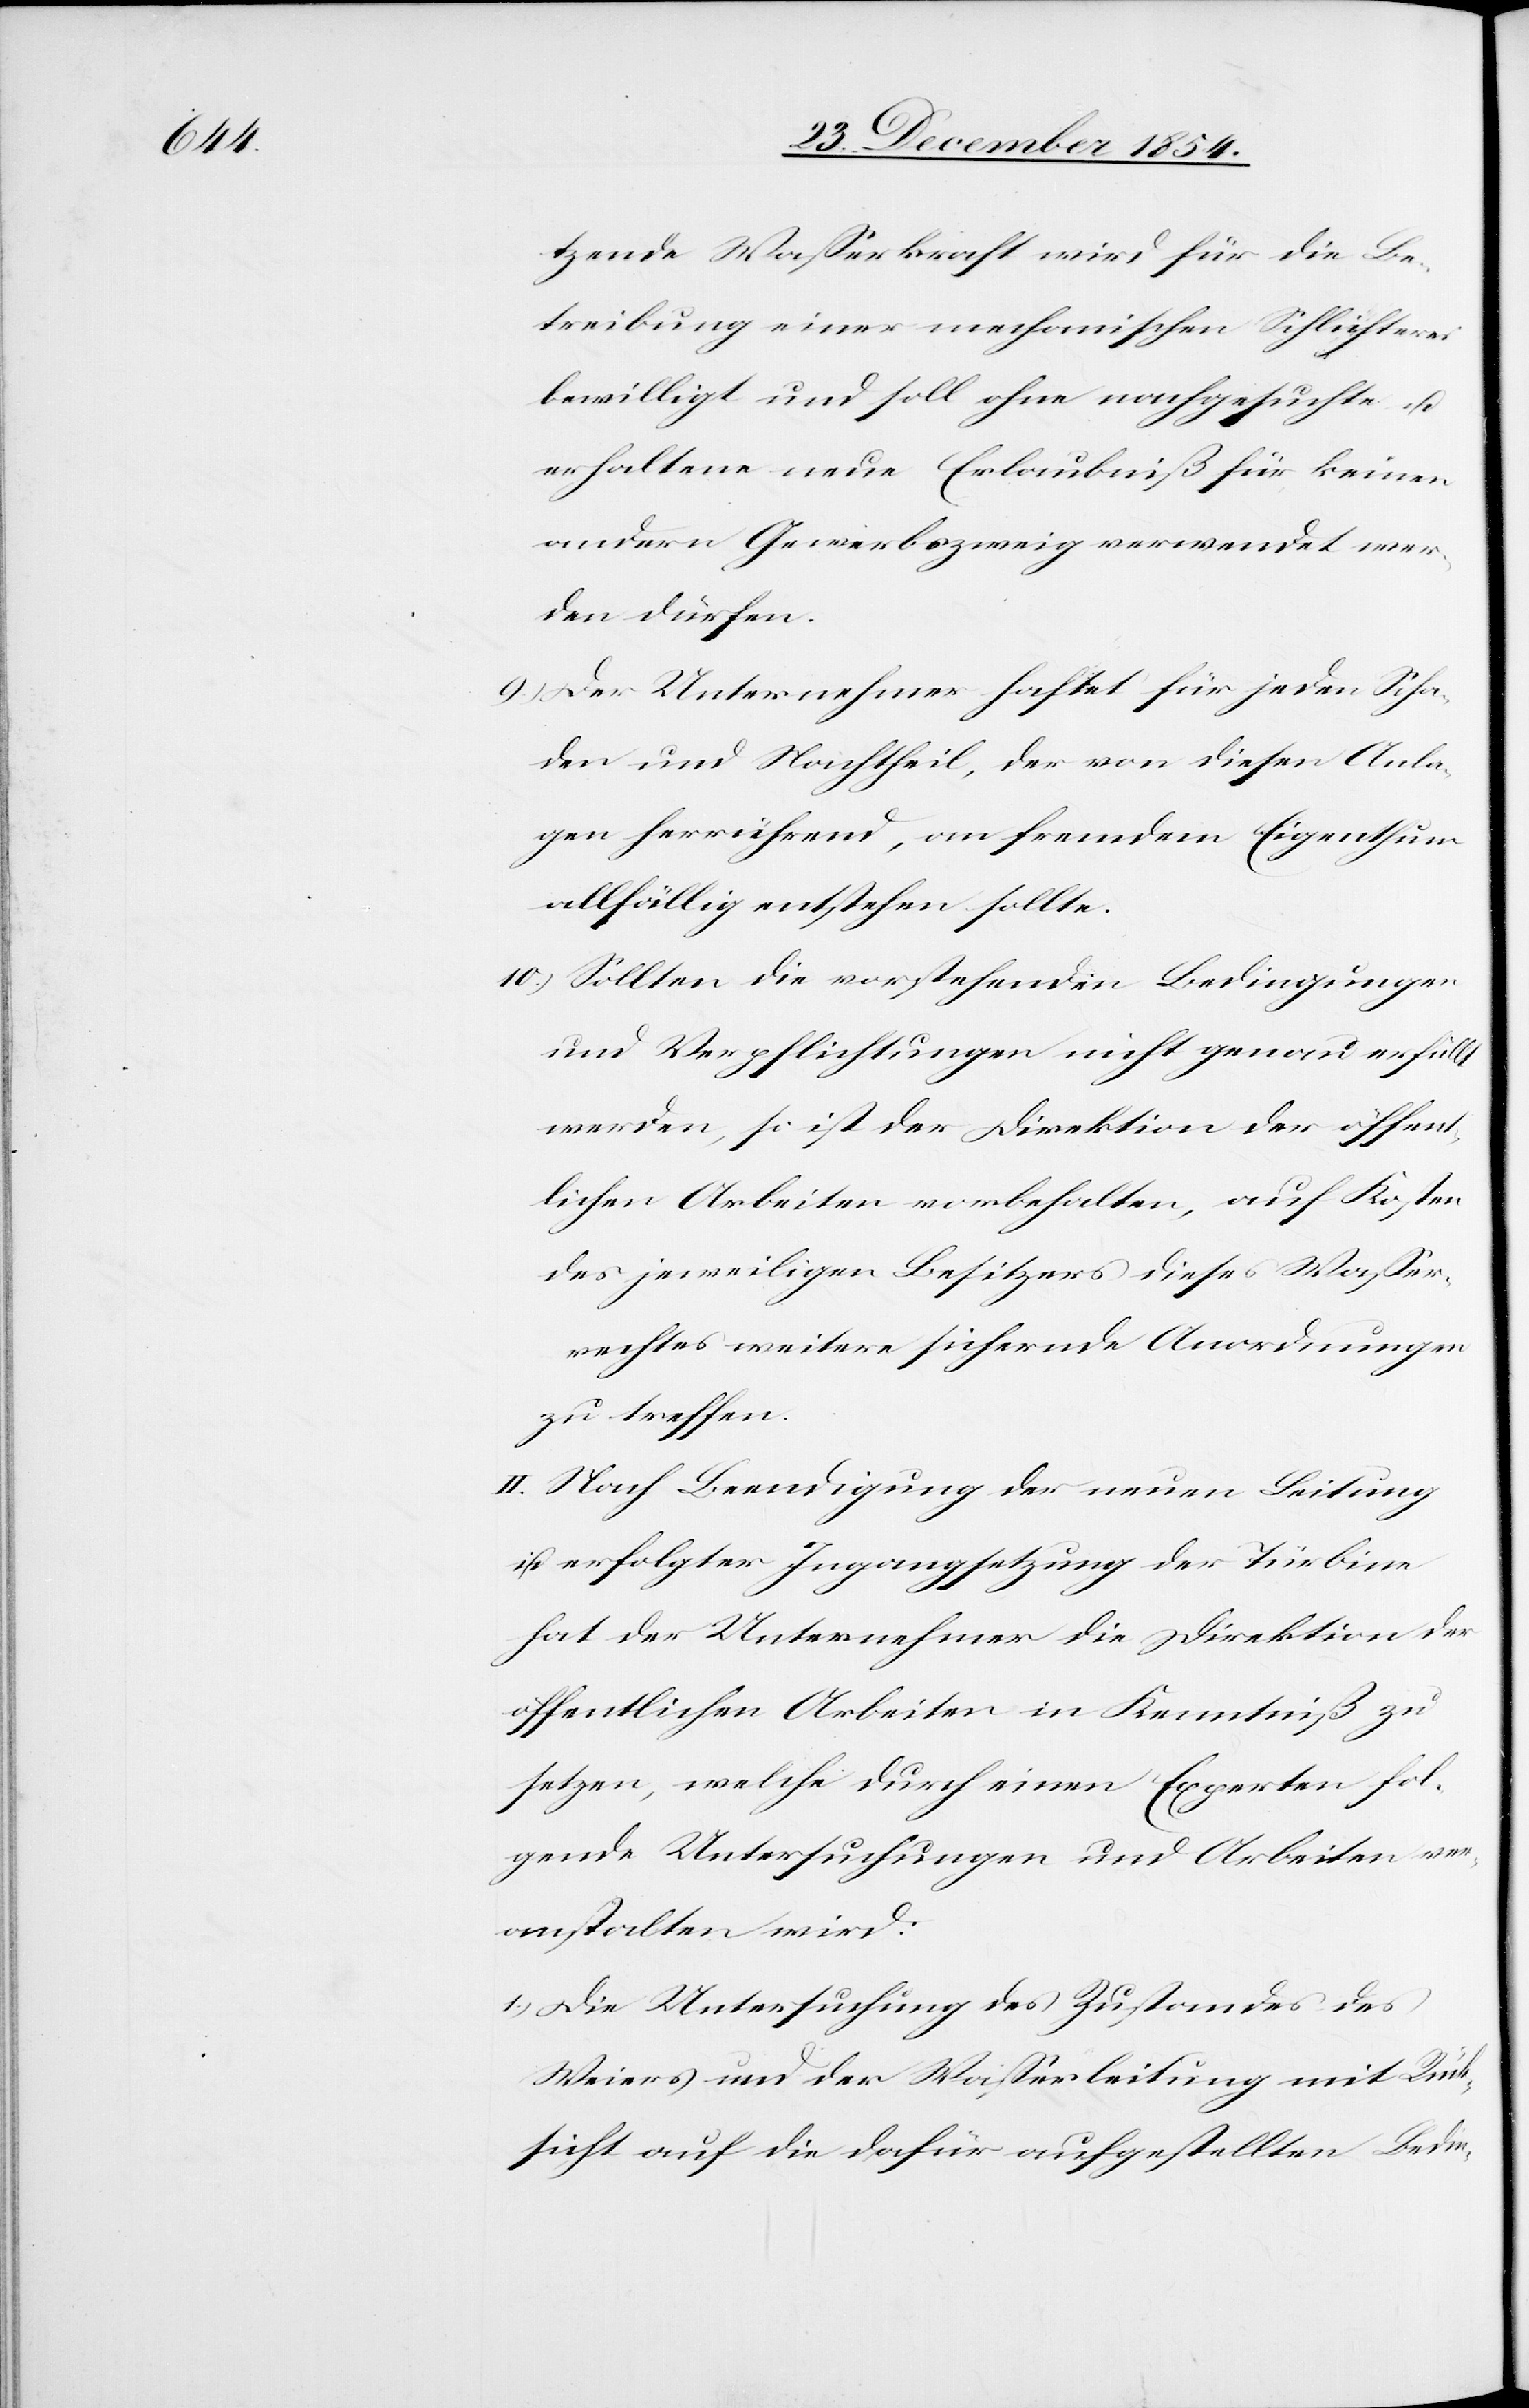
tzende Waßerkraft wird für die Be¬
treibung einer mechanischen Schlichterei
bewilligt und soll ohne nachgesuchte u.
erhaltene neue Erlaubniß für keinen
andern Gewerbszweig verwendet wer¬
den dürfen.
9.) Der Unternehmer haftet für jeden Scha¬
den und Nachtheil, der von diesen Anla¬
gen herrührend, an fremdem Eigenthum
allfälllig entstehen sollte.
10.) Sollten die vorstehenden Bedingungen
und Verpflichtungen nicht genau erfüllt
werden, so ist der Direktion der öffent¬
lichen Arbeiten vorbehalten, auf Kosten
des jeweiligen Besitzers dieses Waßer¬
rechtes weitere sichernde Anordnungen
zu treffen.
II. Nach Beendigung der neuen Leitung
u. erfolgter Ingangsetzung der Türbine
hat der Unternehmer die Direktion der
öffentlichen Arbeiten in Kenntniß zu
setzen, welche durch einen Experten fol¬
gende Untersuchungen und Arbeiten ver¬
anstalten wird:
1.) Die Untersuchung des Zustandes des
Weiers und der Waßerleitung mit Rück¬
sicht auf die dafür aufgestellten Bedin-